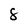
Character: 8